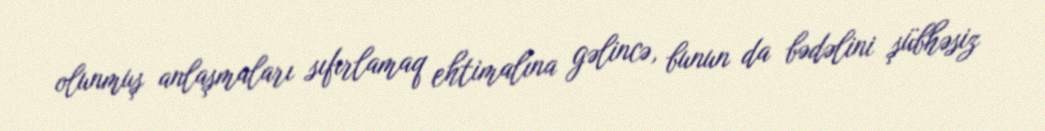
olunmuş anlaşmaları sıfırlamaq ehtimalına gəlincə, bunun da bədəlini şübhəsiz